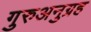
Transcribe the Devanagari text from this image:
गुरुअनुग्रह